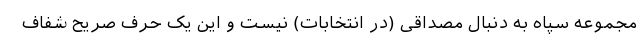
مجموعه سپاه به دنبال مصداقی (در انتخابات) نیست و این یک حرف صریح شفاف